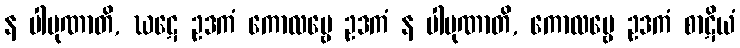
န ပါပုဏာတိ, ဃဋေ ဥဒကံ ကောလမ္ဗေ ဥဒကံ န ပါပုဏာတိ, ကောလမ္ဗေ ဥဒကံ စာဋိယံ